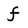
Character: f